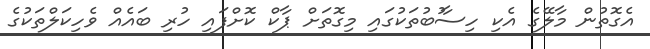
އެގޮތުން މާލޭގެ އެކި ހިސާުބުތަކުގައި މިގޮތަށް ޕާކް ކޮށްފައި ހުރި ބައެއް ވެހިކަލްތަކުގެ